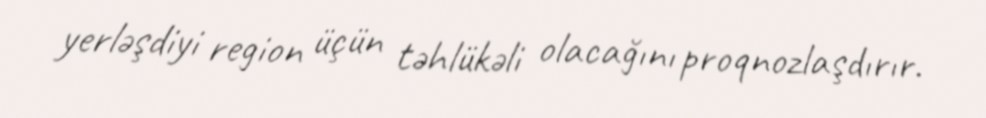
yerləşdiyi region üçün təhlükəli olacağını proqnozlaşdırır.